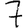
Digit: 7